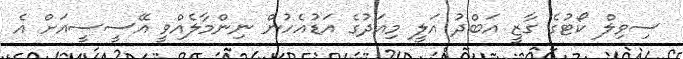
ސިވިލް ކޯޓުގެ ގާޒީ އަބްދު އަލީ މިއަދުގެ އަޑުއެހުން ނިންމާލެއްވީ އޭސީސީއަށް އެ